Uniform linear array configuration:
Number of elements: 12
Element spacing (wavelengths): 0.5
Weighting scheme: blackman
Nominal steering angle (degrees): -15
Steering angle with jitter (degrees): -16.034
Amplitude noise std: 0.05
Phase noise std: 0.05

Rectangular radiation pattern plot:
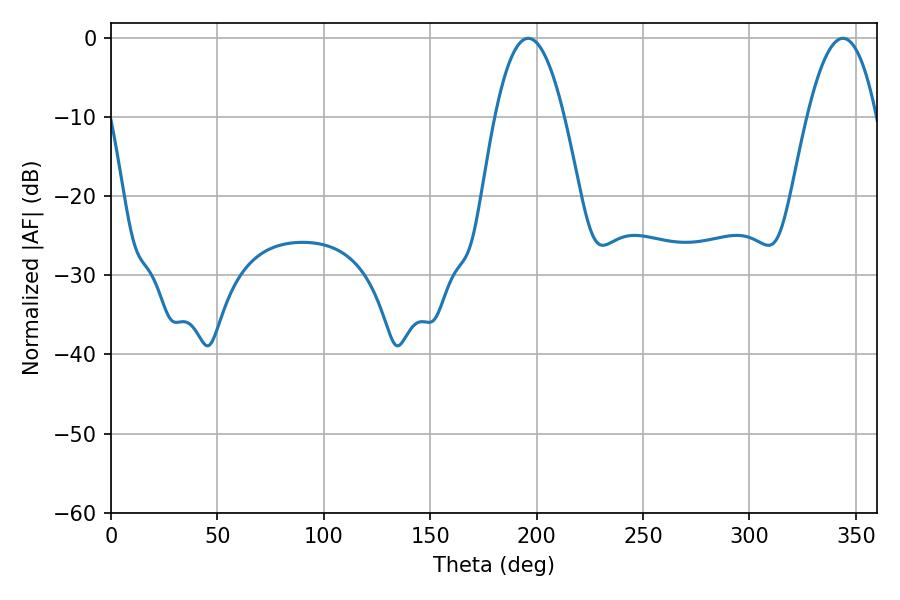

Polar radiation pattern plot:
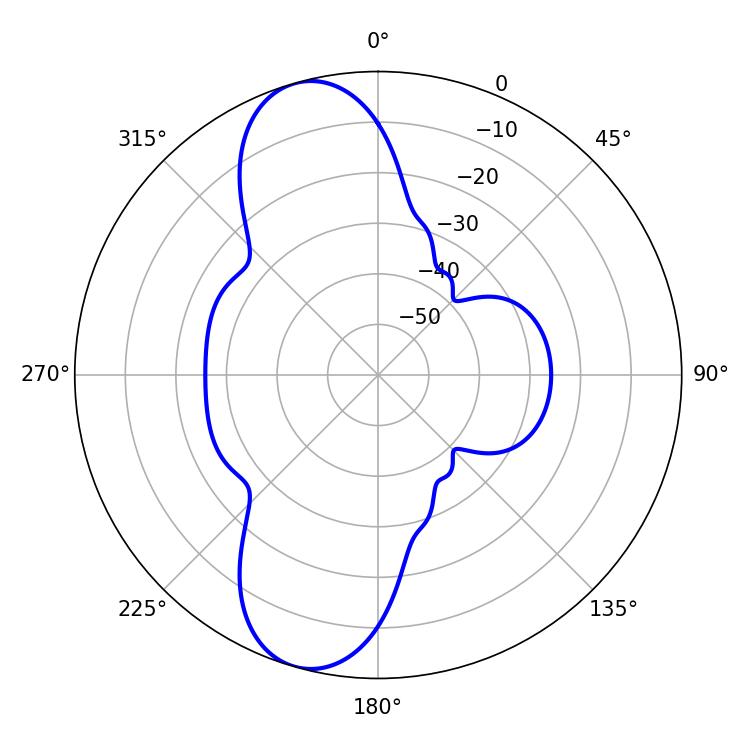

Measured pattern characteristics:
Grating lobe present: FALSE
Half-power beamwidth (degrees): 17.82
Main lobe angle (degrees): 343.98